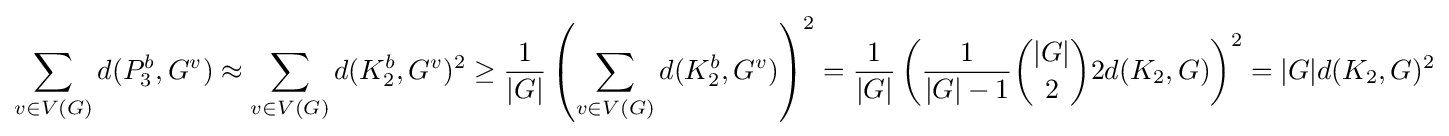
\sum _{v\in V(G)}d(P_{3}^{b},G^{v})\approx \sum _{v\in V(G)}d(K_{2}^{b},G^{v})^{2}\geq {\frac {1}{|G|}}\left(\sum _{v\in V(G)}d(K_{2}^{b},G^{v})\right)^{2}={\frac {1}{|G|}}\left({\frac {1}{|G|-1}}{\binom {|G|}{2}}2d(K_{2},G)\right)^{2}=|G|d(K_{2},G)^{2}